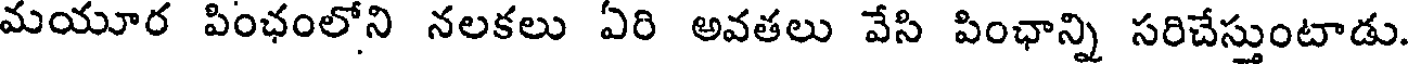
మయూర పింఛంలోని నలకలు ఏరి అవతలు వేసి పింఛాన్ని సరిచేస్తుంటాడు.